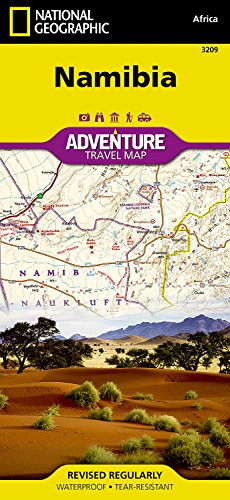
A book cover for Namibia Adventure Map; National Geographic Maps; Travel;